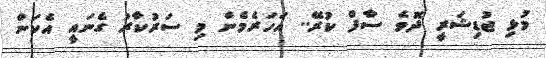
މުޅި ޖުޑިޝަރީ ދޮވެ ސާފް ކުރޭ.. އަހަރެމެން މި ސަރުކާރު ގެނައީ އެކަން